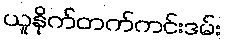
ယူနိုက်တက်ကင်းဒမ်း